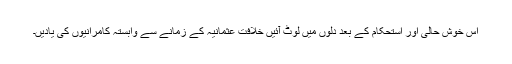
اس خوش حالی اور استحکام کے بعد دلوں میں لوٹ آئیں خلافت عثمانیہ کے زمانے سے وابستہ کامرانیوں کی یادیں۔